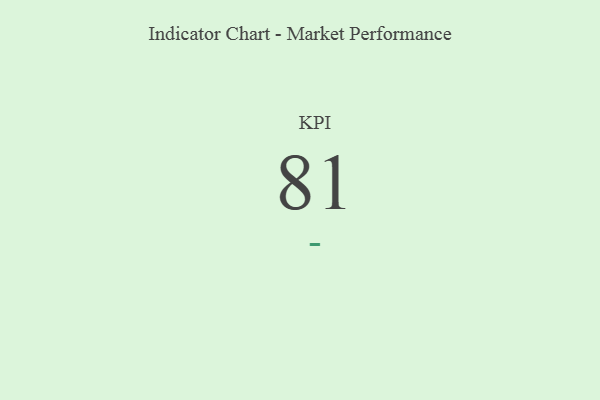
{"axis": {"x": "KPI", "y": "Value"}, "legend": [""], "data": [{"x": "KPI", "y": 81, "type": ""}]}